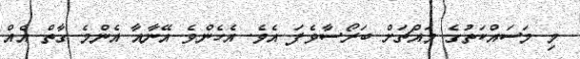
މި މަސައްކަތުގެ މައްޗަށް ބަރޯސާވެފަ އެވެ. އެހެންވެ އޭނާއާ އެންމެ ގާތް އެއް